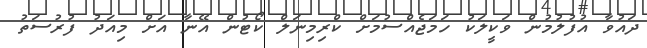
ދައުވާ އުފުލުމުން ވަކީލަކު ހަމަޖެއްސުމަށް ކްރިމިނަލް ކޯޓުން އޭނާ އަށް މިއަދު ފުރުސަތު